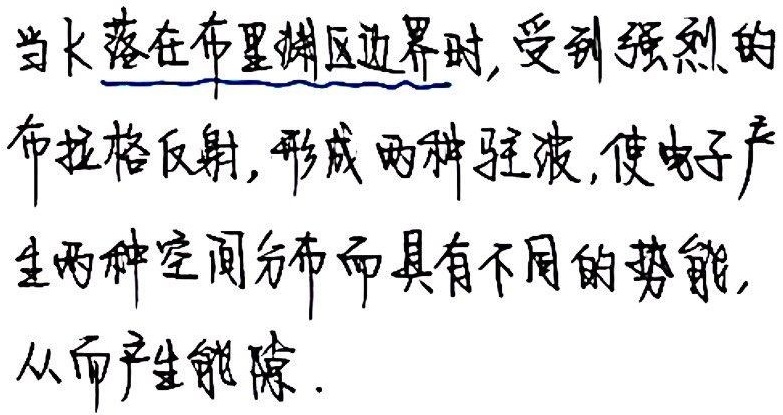
当\(k\)落在布里渊区边界时, 受到强烈的布拉格反射, 形成两种驻波, 使电子产生两种空间分布而具有不同的势能,从而产生能隙.